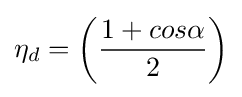
{\eta }_{d}=\left({\frac {1+cos{\alpha }}{2}}\right)